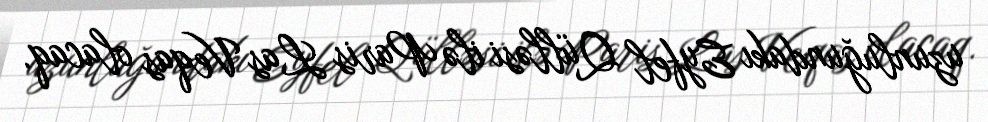
uzunluğundakı Eyfel Qülləsi ilə Paris Las Veqas olacaq.